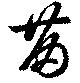
苗